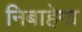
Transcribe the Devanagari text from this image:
निबाहेगा